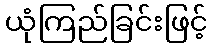
ယုံကြည်ခြင်းဖြင့်